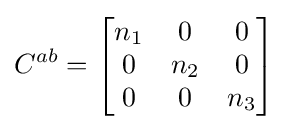
C^{ab}={\begin{bmatrix}n_{1}&0&0\\0&n_{2}&0\\0&0&n_{3}\end{bmatrix}}